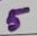
Text: 5